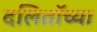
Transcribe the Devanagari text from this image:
दलिताॅच्या